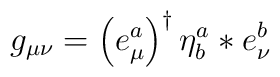
g_{\mu \nu }=\left( e_{\mu }^{a}\right) ^{\dagger }\eta _{b}^{a}\ast e_{\nu}^{b}